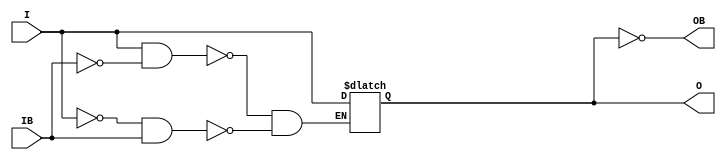
///////////////////////////////////////////////////////////////////////////////
// Copyright (c) 1995/2015 Xilinx, Inc.
// All Right Reserved.
///////////////////////////////////////////////////////////////////////////////
//   ____  ____
//  /   /\/   /
// /___/  \  /    Vendor : Xilinx
// \   \   \/     Version : 2015.4
//  \   \         Description : Xilinx Formal Library Component
//  /   /                  Differential Signaling Input Clock Buffer with Differential Outputs
// /___/   /\     Filename : IBUFGDS_DIFF_OUT.v
// \   \  /  \
//  \___\/\___\
//
///////////////////////////////////////////////////////////////////////////////
// Revision:
//    03/23/04 - Initial version.
//    05/23/07 - Changed timescale to 1 ps / 1 ps.
//    02/10/09 - CR 430124 -- Added attribute DIFF_TERM.
//    06/02/09 - CR 523083 -- Added attribute IBUF_LOW_PWR.
//    11/03/10 - CR 576577 -- changed default value of IOSTANDARD from LVDS_25 to DEFAULT.
//    12/13/11 - Added `celldefine and `endcelldefine (CR 524859).
// End Revision
///////////////////////////////////////////////////////////////////////////////

`timescale  1 ps / 1 ps

`celldefine

module IBUFGDS_DIFF_OUT (O, OB, I, IB);

  parameter DIFF_TERM = "FALSE";
  parameter DQS_BIAS = "FALSE";
  parameter IBUF_LOW_PWR = "TRUE";
  parameter IOSTANDARD = "DEFAULT";

  output O, OB;

  input  I, IB;

  reg  o_out;

  buf B0 (O, o_out);
  not B1 (OB, o_out);

  always @(I or IB) begin
    if (I == 1'b1 && IB == 1'b0)
      o_out <= I;
    else if (I == 1'b0 && IB == 1'b1)
      o_out <= I;
    end

endmodule

`endcelldefine